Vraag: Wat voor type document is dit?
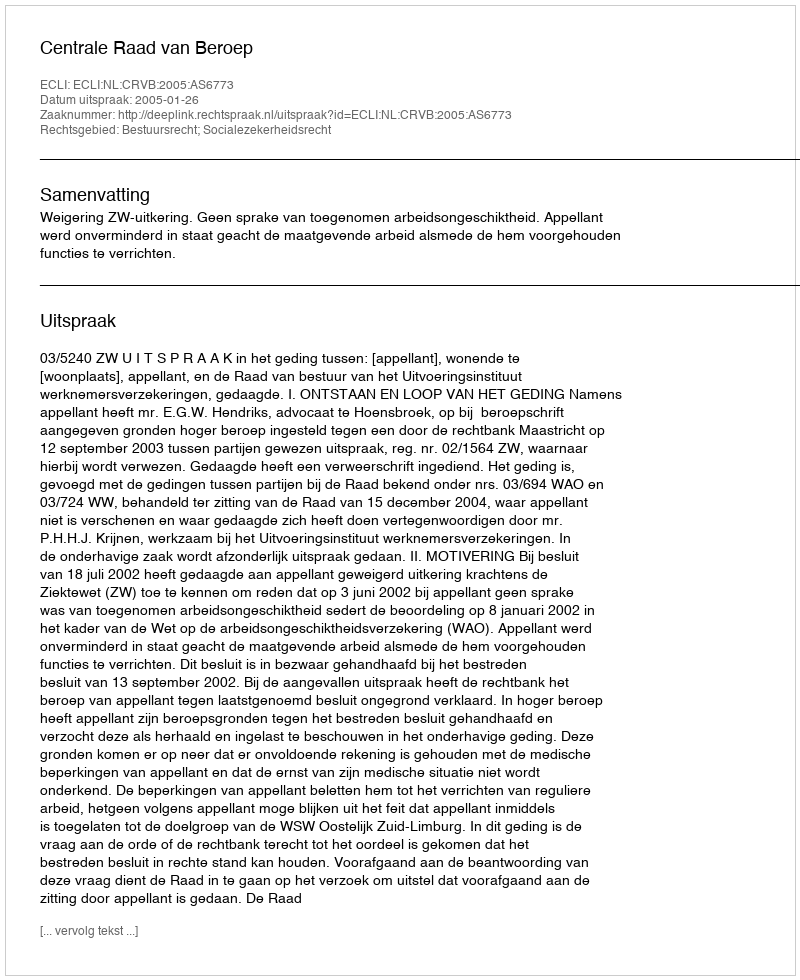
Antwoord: Uitspraak